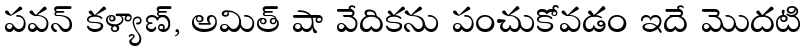
పవన్ కళ్యాణ్, అమిత్ షా వేదికను పంచుకోవడం ఇదే మొదటి